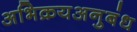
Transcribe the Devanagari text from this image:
अभिक्रयअनुबंध